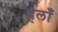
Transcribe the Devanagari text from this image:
हलाँ